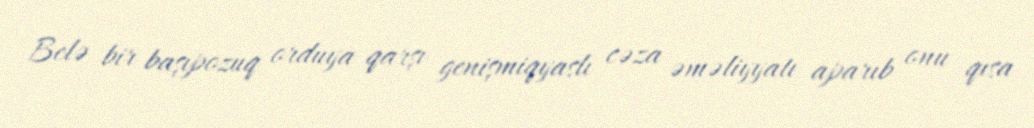
Belə bir başıpozuq orduya qarşı genişmiqyaslı cəza əməliyyatı aparıb onu qısa